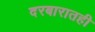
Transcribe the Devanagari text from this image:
दरबारातही